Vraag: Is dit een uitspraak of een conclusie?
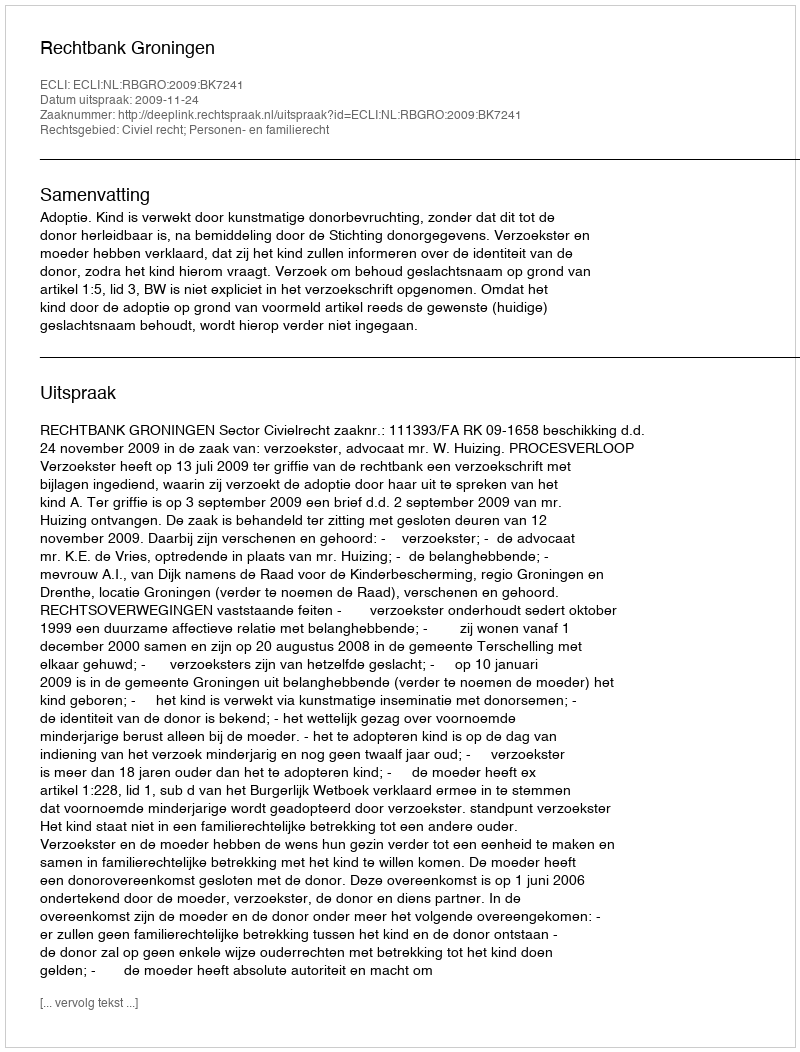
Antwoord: Uitspraak